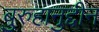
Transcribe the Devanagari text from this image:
बुरुहानुद्दीन